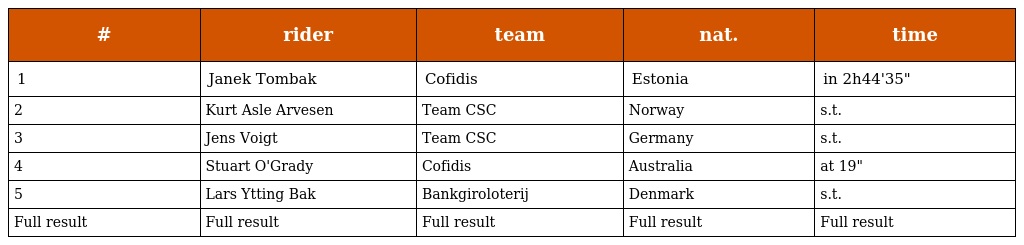
| # | rider | team | nat. | time |
 | --- | --- | --- | --- | --- |
 | 1 | Janek Tombak | Cofidis | Estonia | in 2h44'35" |
 | 2 | Kurt Asle Arvesen | Team CSC | Norway | s.t. |
 | 3 | Jens Voigt | Team CSC | Germany | s.t. |
 | 4 | Stuart O'Grady | Cofidis | Australia | at 19" |
 | 5 | Lars Ytting Bak | Bankgiroloterij | Denmark | s.t. |
 | Full result | Full result | Full result | Full result | Full result |